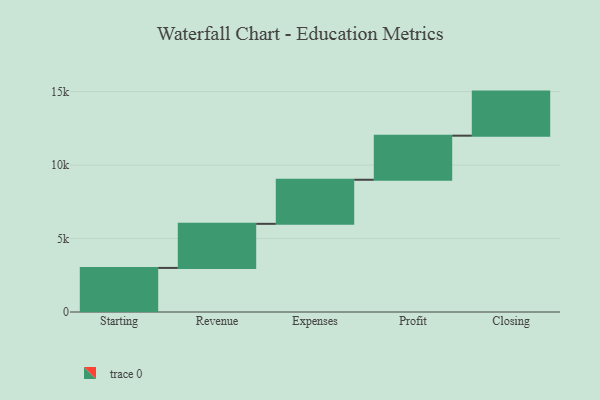
{"axis": {"x": "Step", "y": "Value"}, "legend": [""], "data": [{"x": "Starting", "y": 3000, "type": ""}, {"x": "Revenue", "y": 3000, "type": ""}, {"x": "Expenses", "y": 3000, "type": ""}, {"x": "Profit", "y": 3000, "type": ""}, {"x": "Closing", "y": 3000, "type": ""}]}